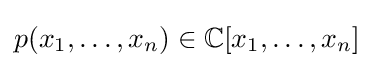
p(x_{1},\ldots ,x_{n})\in \mathbb {C} [x_{1},\ldots ,x_{n}]